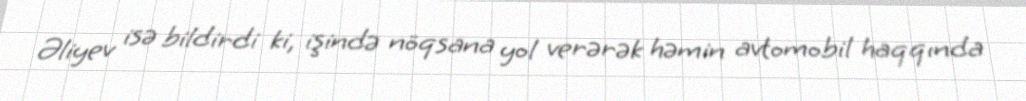
Əliyev isə bildirdi ki, işində nöqsana yol verərək həmin avtomobil haqqında